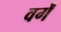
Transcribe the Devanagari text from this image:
वर्गें